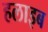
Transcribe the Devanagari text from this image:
हलाइब